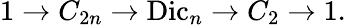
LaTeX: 1\to C_{2n}\to{\mathrm{Dic}}_{n}\to C_{2}\to 1.